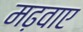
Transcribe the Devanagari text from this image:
मढ़वाए